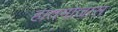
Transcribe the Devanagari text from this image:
हातमोजास